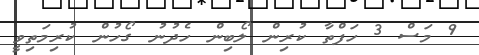
9 މަސް 3 ހަފްތާ ކުރިން ލޯބިން ހެދުނު ގޯހުން ކުރިމަތިވީ